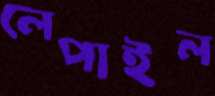
লেপাইল